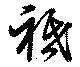
祗